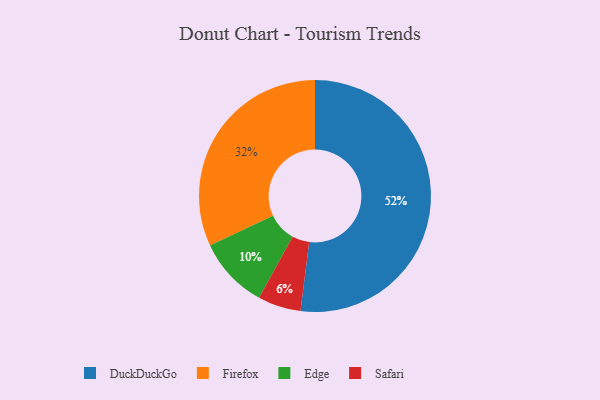
{"axis": {"x": "Category", "y": "Percentage"}, "legend": ["DuckDuckGo", "Edge", "Firefox", "Safari"], "data": [{"x": "Edge", "y": 10, "type": "Edge"}, {"x": "Firefox", "y": 32, "type": "Firefox"}, {"x": "Safari", "y": 6, "type": "Safari"}, {"x": "DuckDuckGo", "y": 52, "type": "DuckDuckGo"}]}